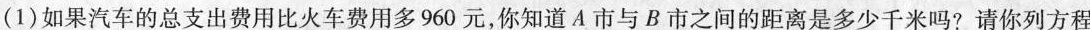
(1)如果汽车的总支出费用比火车费用多960元，你知道A市与B市之间的距离是多少千米吗?请你列方程